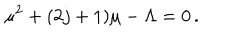
LaTeX: \mu ^ { 2 } + ( 2 j + 1 ) \mu - \Lambda = 0 \, .